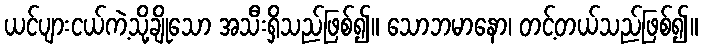
ယင်ပျားငယ်ကဲ့သို့ချိုသော အသီးရှိသည်ဖြစ်၍။ သောဘမာနော၊ တင့်တယ်သည်ဖြစ်၍။